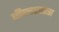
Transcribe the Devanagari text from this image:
बीएचएचएस